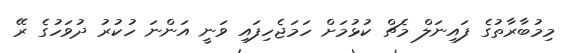
މިމުބާރާތުގެ ފައިނަލް މެޗް ކުޅުމަށް ހަމަޖެހިފައި ވަނީ އަންނަ ހުކުރު ދުވަހުގެ ރޭ